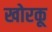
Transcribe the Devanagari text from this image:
खोरकू